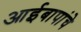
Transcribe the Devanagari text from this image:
आईबापांचे